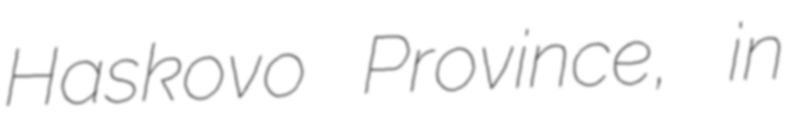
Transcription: Haskovo Province, in